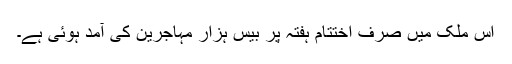
اس ملک میں صرف اختتام ہفتہ پر بیس ہزار مہاجرین کی آمد ہوئی ہے۔